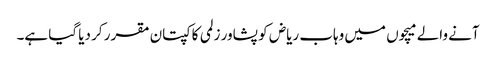
آنے والے میچوں میں وہاب ریاض کو پشاور زلمی کا کپتان مقرر کر دیا گیا ہے۔